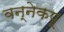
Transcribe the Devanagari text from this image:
वन्नेकपू